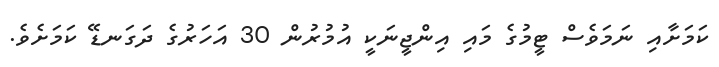
ކަމަށާއި ނަމަވެސް ޓީމުގެ މައި އިންޖީނަކީ އުމުރުން 30 އަހަރުގެ ދަގަނޑޭ ކަމަށެވެ.